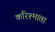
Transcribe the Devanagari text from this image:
करिश्माता